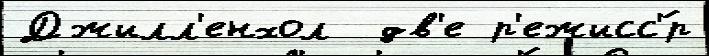
Джилл'енхол  дв'е р'ежисс'́р